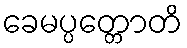
ခေမပ္ပတ္တောတိ